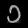
Digit: ၁